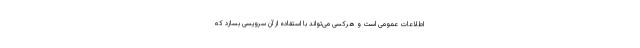
اطلاعات عمومی است و هرکسی می‌تواند با استفاده از آن سرویسی بسازد که